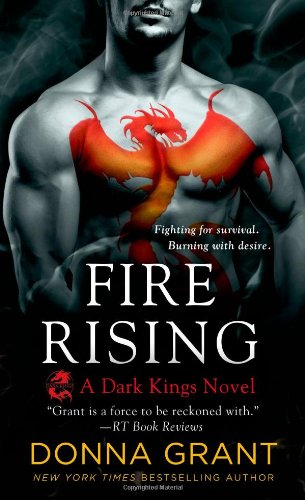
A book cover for Fire Rising (Dark Kings); Donna Grant; Literature & Fiction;